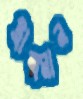
ট্রান্সপ্লান